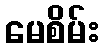
မေစိမ်း